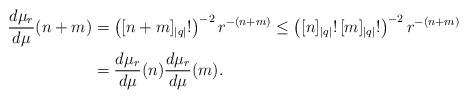
LaTeX: \begin{align*}\frac{d\mu_r}{d\mu}(n+m)&=\left([n+m]_{|q|}!\right)^{-2}r^{-(n+m)}\le \left([n]_{|q|}!\,[m]_{|q|}!\right)^{-2}r^{-(n+m)}\\&=\frac{d\mu_r}{d\mu}(n)\frac{d\mu_r}{d\mu}(m).\end{align*}